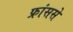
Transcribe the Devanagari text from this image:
फ्रांससे